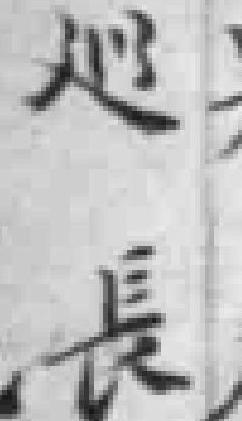
巡長